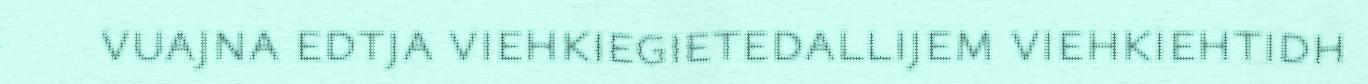
vuajna edtja viehkiegietedallijem viehkiehtidh